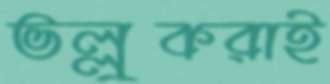
ভল্লুকরাই